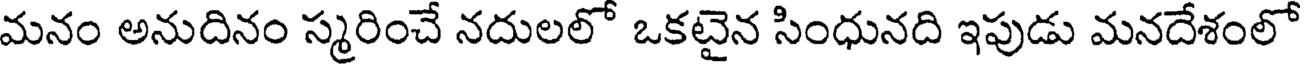
మనం అనుదినం స్మరించే నదులలో ఒకటైన సింధునది ఇపుడు మనదేశంలో